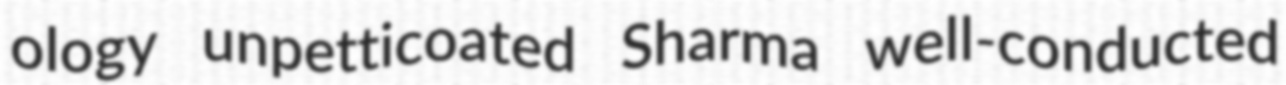
ology unpetticoated Sharma well-conducted